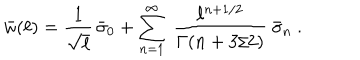
\bar { w } ( \ell ) = { \frac { 1 } { \sqrt { \ell } } } \, \bar { \sigma } _ { 0 } + \sum _ { n = 1 } ^ { \infty } \ { \frac { \ell ^ { n + 1 / 2 } } { \Gamma ( n + 3 / 2 ) } } \ \bar { \sigma } _ { n } \ .